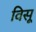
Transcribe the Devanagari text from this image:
विसू